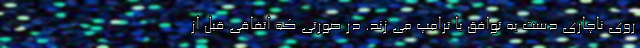
روی ناچاری دست به توافق با ترامپ می زند. در صورتی که اتفاقی قبل از